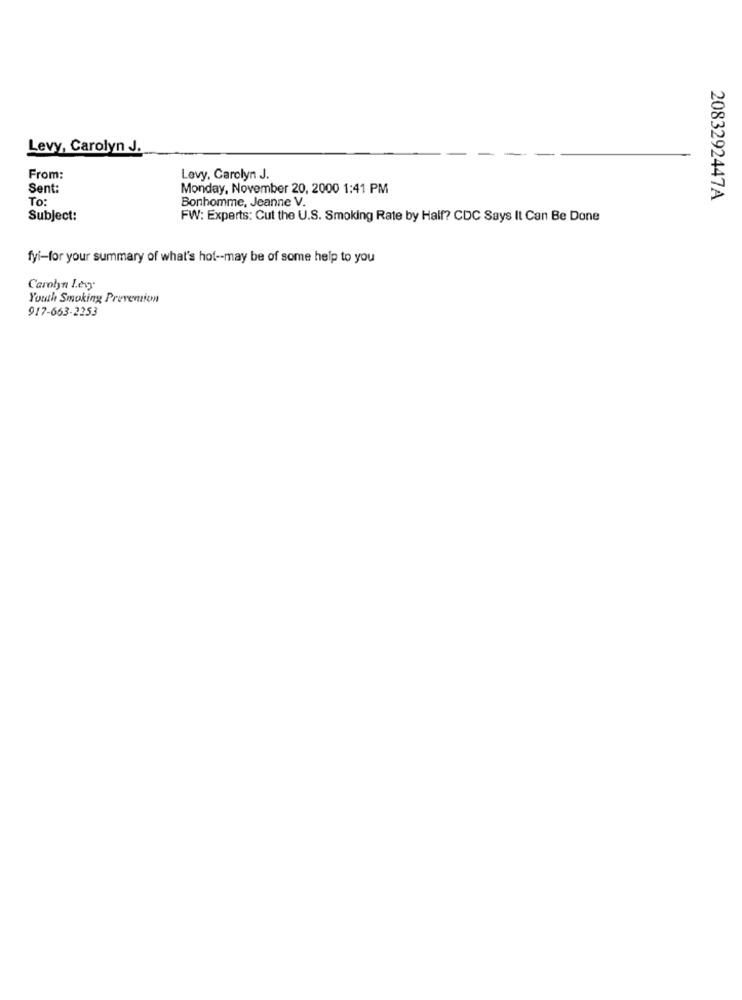
Levy, Carolyn J.
From:
Levy, Carolyn J.
Sent:
Monday, November 20, 2000 1:41 PM
To:
Bonhomme, Jeanne V.
2083292447A
Subject:
FW: Experts: Cut the U.S. Smoking Rate by Half? CDC Says It Can Be Done
fyi-for your summary of what's hot -- may be of some help to you
Carolyn Levy
Youth Smoking Prevention
917-663-2253